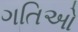
ગતિઓ